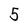
Character: 5